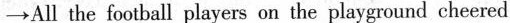
\rightarrow All the football players on the playground cheered